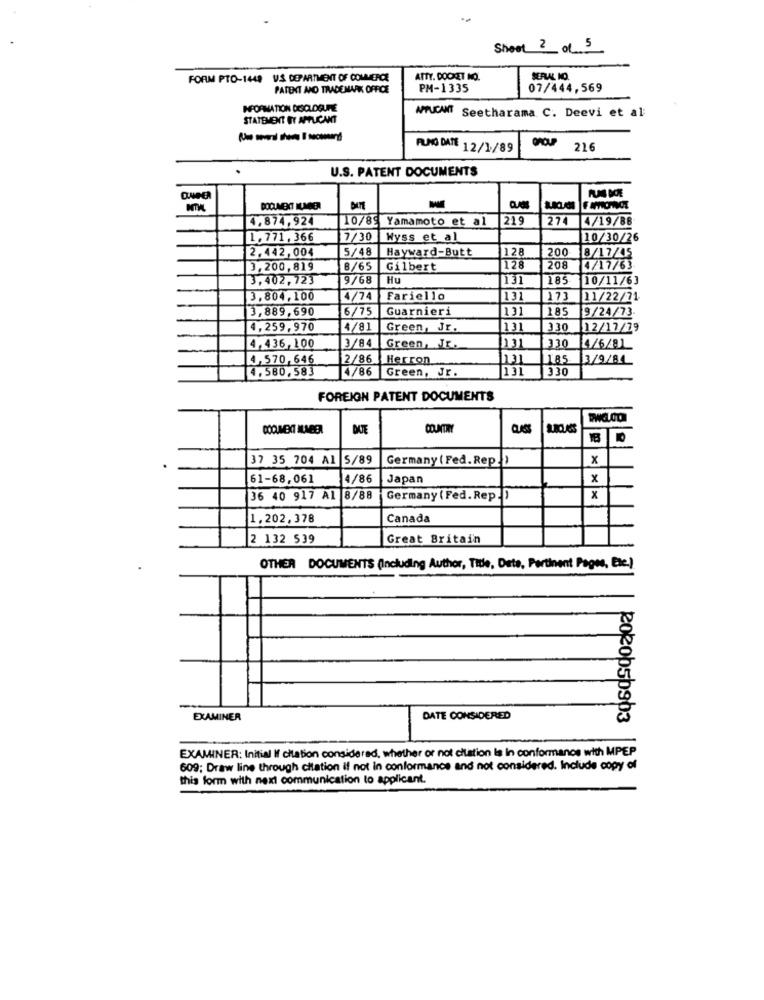
Sheet 2 of 5
FORM PTO-1448 US DEPARTMENT OF COMMERCE
ATTY. DOCKET NO.
SERAL IO.
PATENT AND TRADEMARK OFFICE
PM-1335
07/444,569
INFORMATION DISCLOSURE
STATEMENT BY APPLICANT
APPUCANT Seetharama C. Deevi et al
PUNG DATE 12/1/89
216
U.S. PATENT DOCUMENTS
4,874,924
10/89 Yamamoto et al
219
274
4/19/88
1.771,366
7/30
Wyss et al
10/30/26
2,442,004
5/48
Hayward-Butt
128
200
8/17/45
3,200,819
8/65
Gilbert
128
208
4/17/63
3,402,723
9/68
Hu
131
185
110/11/63
3.804,100
4/74
Fariello
131
173
11/22/71
3,889,690
6/75
Guarnieri
131
185
9/24/73
4,259,970
4/81
Green, Jr.
131
330
112/17/79
3/84
4,436,100
Green, Jr.
330
4/6/81
4,570,646
2/86 Herron
185
3/9/84
4,580,583
131
330
4/86 Green, Jr.
FOREIGN PATENT DOCUMENTS
DATE
COUNTRY
18
37 35 704 A1 5/89
Germany ( Fed. Rep.
x
61-68,061
14/86
Japan
x
36 40 917 A1 8/88
Germany (Fed. Rep.
1.202,378
Canada
2 132 539
Great Britain
OTHER DOCUMENTS (Including Author, Title, Date, Pertinent Pages, Etc.)
EXAMINER
DATE CONSIDERED
Rokobsbab3
EXAMINER: Initial If citation considered, whether or not ciustion la in conformance with MPEP
609; Draw line through citation if not in conformance and not considered. Include copy of
this form with next communication to applicant.